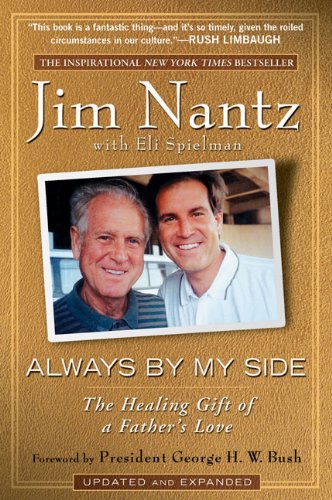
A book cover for Always by My Side: The Healing Gift of a Father's Love; Jim Nantz; Sports & Outdoors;